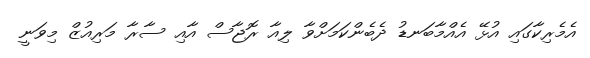
އެމެރިކާގައި އުޅޭ އެއްމާބަނޑު ދެބެންކަމަށްވާ ލިއާ ރޮޖާސް އާއި ސާރާ މަރިއުޒް މިވަނީ